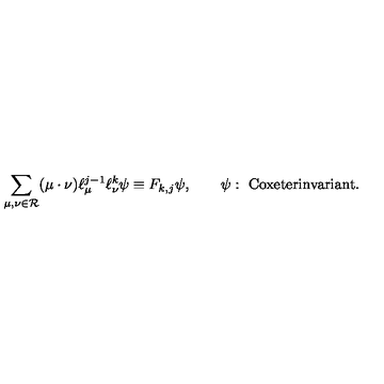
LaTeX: \sum _ { \mu , \nu \in { \cal R } } ( \mu \cdot \nu ) \ell _ { \mu } ^ { j - 1 } \ell _ { \nu } ^ { k } \psi \equiv F _ { k , j } \psi , \qquad \psi : \ \mathrm { C o x e t e r i n v a r i a n t } .